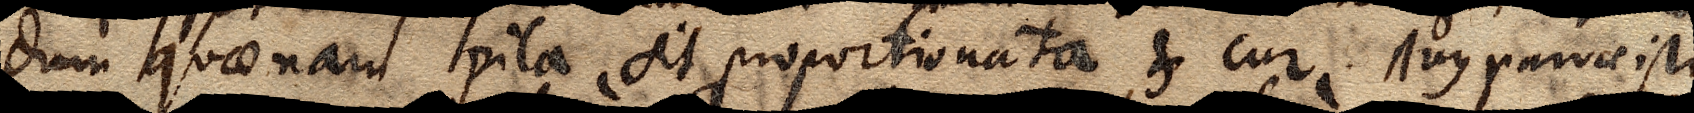
dum quaenam pila, sit proportionata & cur Arcus parvae isti